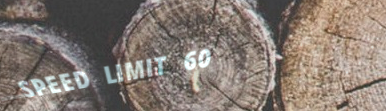
SPEED LIMIT 60